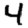
Digit: 4